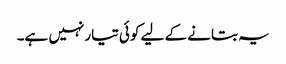
یہ بتانے کے لیے کوئی تیارنہیں ہے۔